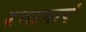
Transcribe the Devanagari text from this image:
रचानाएं